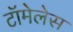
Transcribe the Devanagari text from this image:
टॉमेलेस